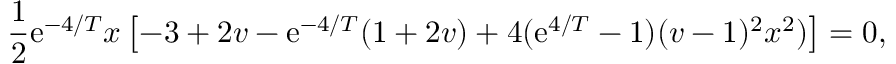
\frac { 1 } { 2 } \mathrm { e } ^ { - 4 / T } x \left[ - 3 + 2 v - \mathrm { e } ^ { - 4 / T } ( 1 + 2 v ) + 4 ( \mathrm { e } ^ { 4 / T } - 1 ) ( v - 1 ) ^ { 2 } x ^ { 2 } ) \right] = 0 ,